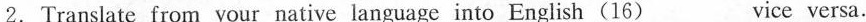
2.Translate from your native language into English(16) ___vice versa.